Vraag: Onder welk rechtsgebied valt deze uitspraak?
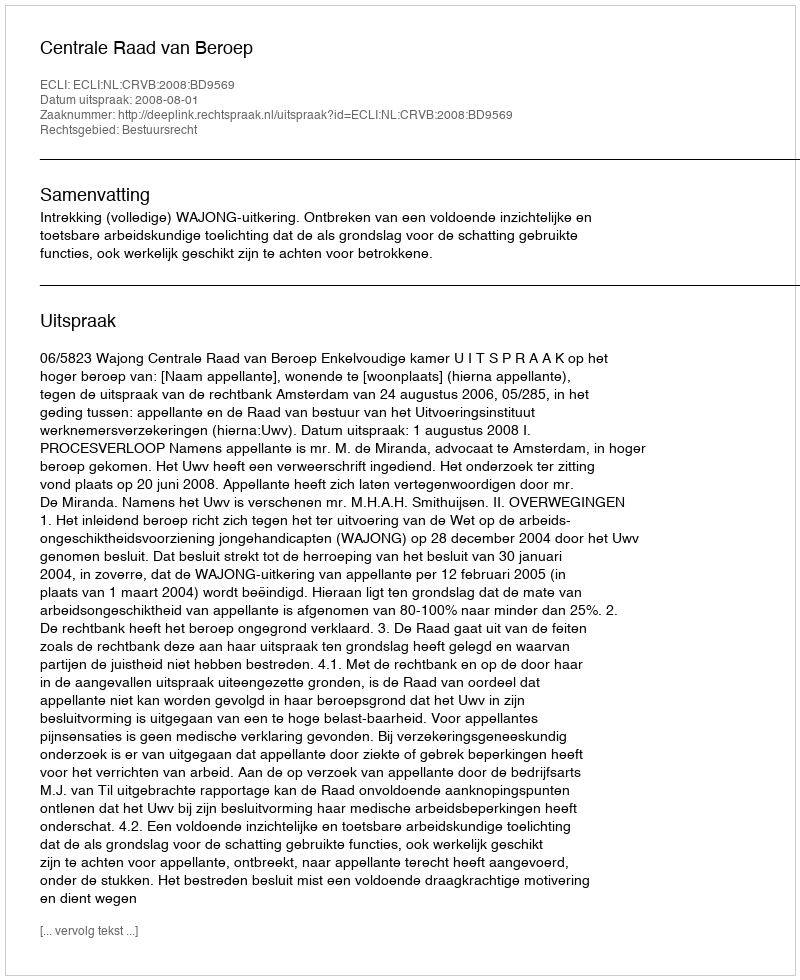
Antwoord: Bestuursrecht